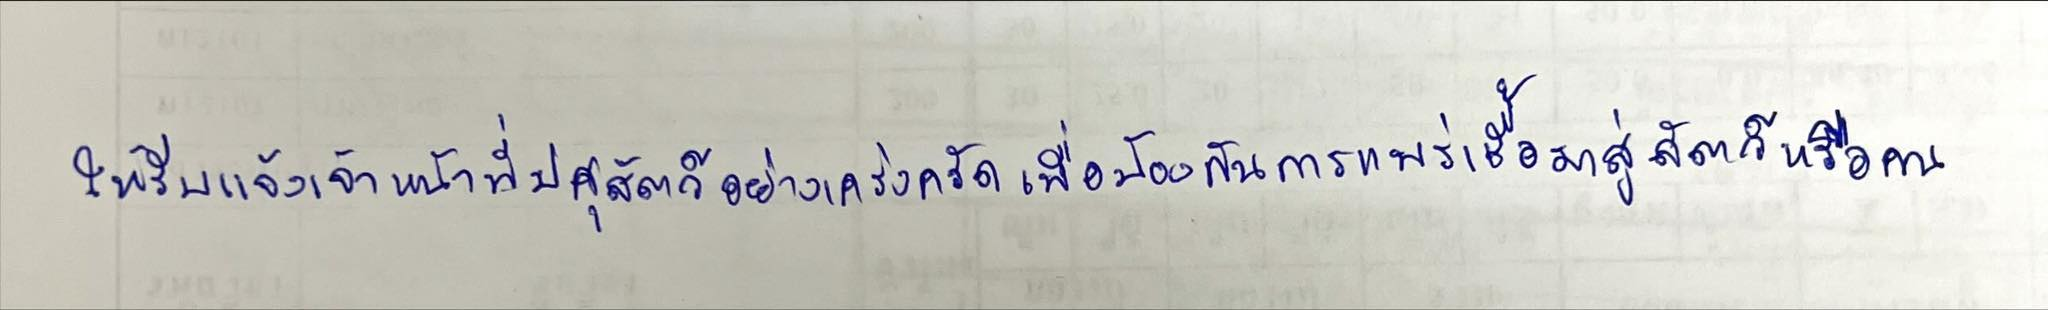
ให้รีบแจ้งเจ้าหน้าที่ปศุสัตว์อย่างเคร่งครัดเพื่อป้องกันการแพร่เชื้อมาสู่สัตว์หรือคน